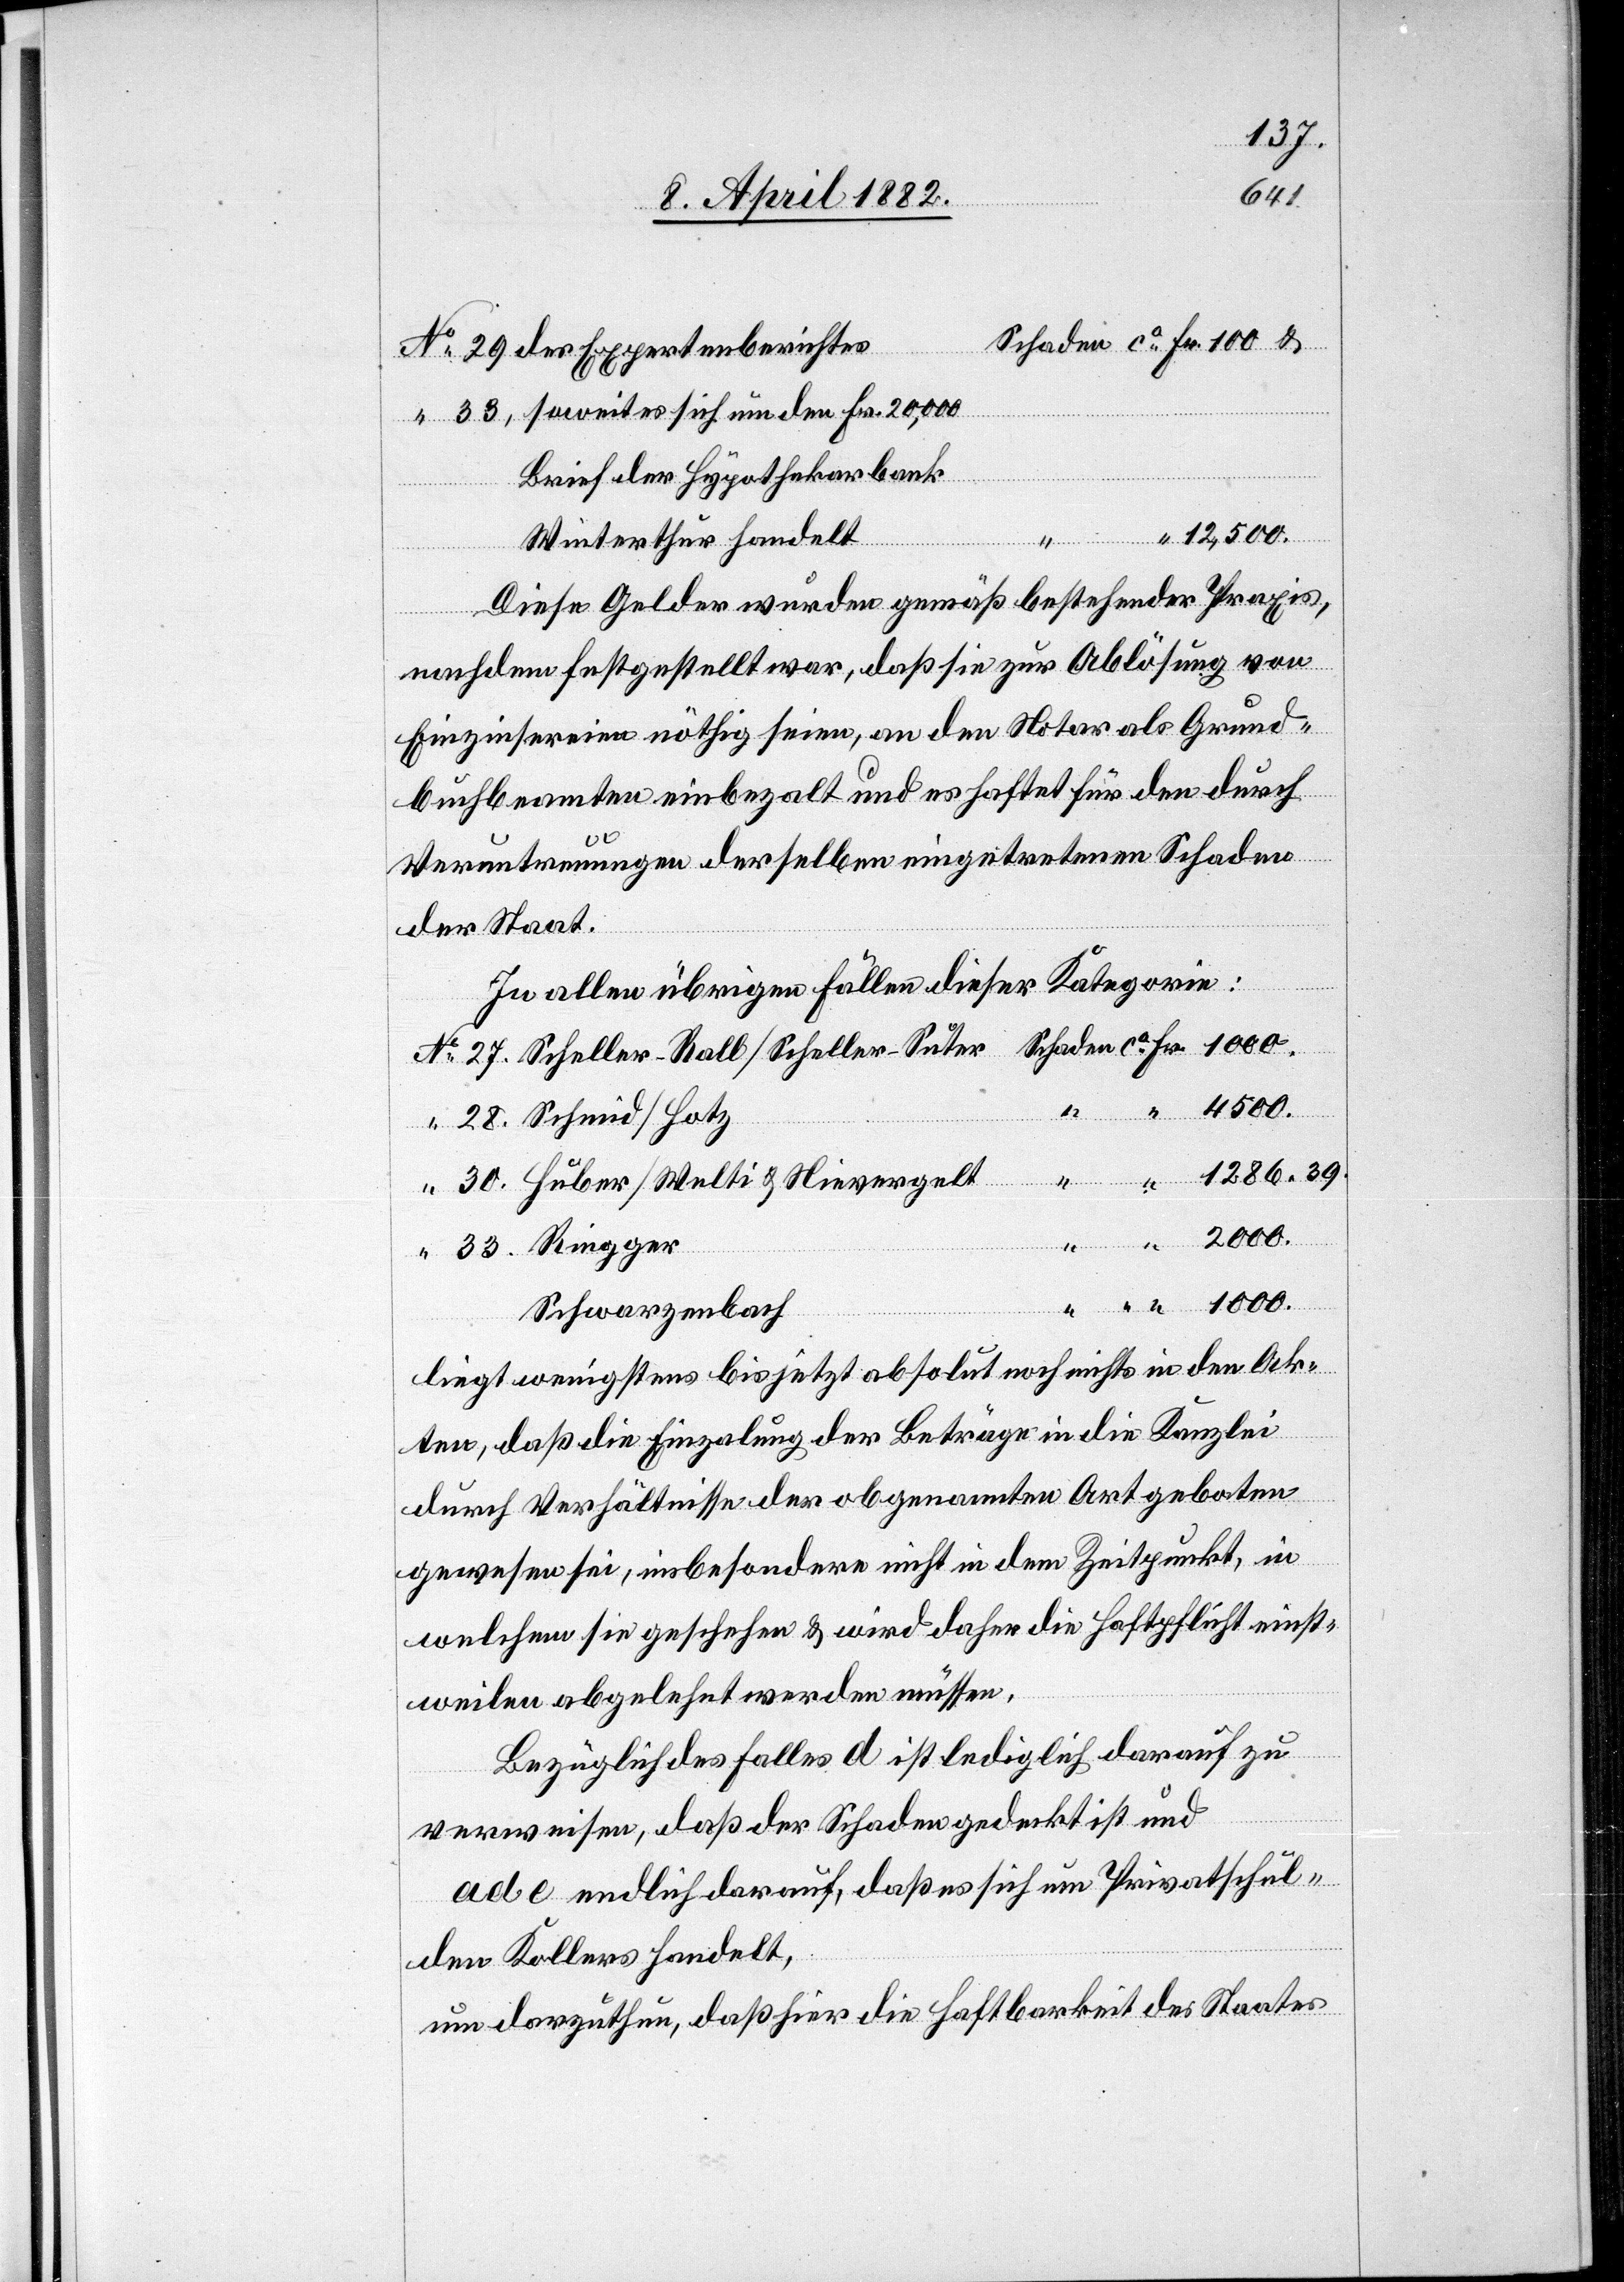
des Expertenberichtes
soweit es sich um den Fr. 20,000
Brief der Hypothekarbank
12,500.
Winterthur handelt
Diese Gelder wurden gemäß bestehender Praxis,
nachdem festgestellt war, daß sie zur Ablösung von
Einzinsereien nöthig seien, an den Notar als Grund¬
buchbeamten einbezalt und es haftet für den durch
Veruntreuungen derselben eingetretenen Schaden
der Staat.
In allen übrigen Fällen dieser Kategorie:
Schwarzenbach
liegt wenigstens bis jetzt absolut noch nichts in den Ak¬
ten, daß die Einzalung der Beträge in die Kanzlei
durch Verhältnisse der obgenannten Art geboten
gewesen sei, insbesondere nicht in dem Zeitpunkt, in
welchem sie geschehen & wird daher die Haftpflicht einst¬
weilen abgelehnt werden müssen.
Bezüglich des Falles d ist lediglich darauf zu
verweisen, daß der Schaden gedeckt ist und
ad e endlich darauf, daß es sich um Privatschul¬
den Kollers handelt,
um darzuthun, daß hier die Haftbarkeit des Staates